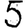
Digit: 5